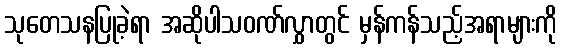
သုတေသနပြုခဲ့ရာ အဆိုပါသဝဏ်လွှာတွင် မှန်ကန်သည့်အရာများကို